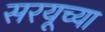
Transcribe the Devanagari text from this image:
सरयूच्या